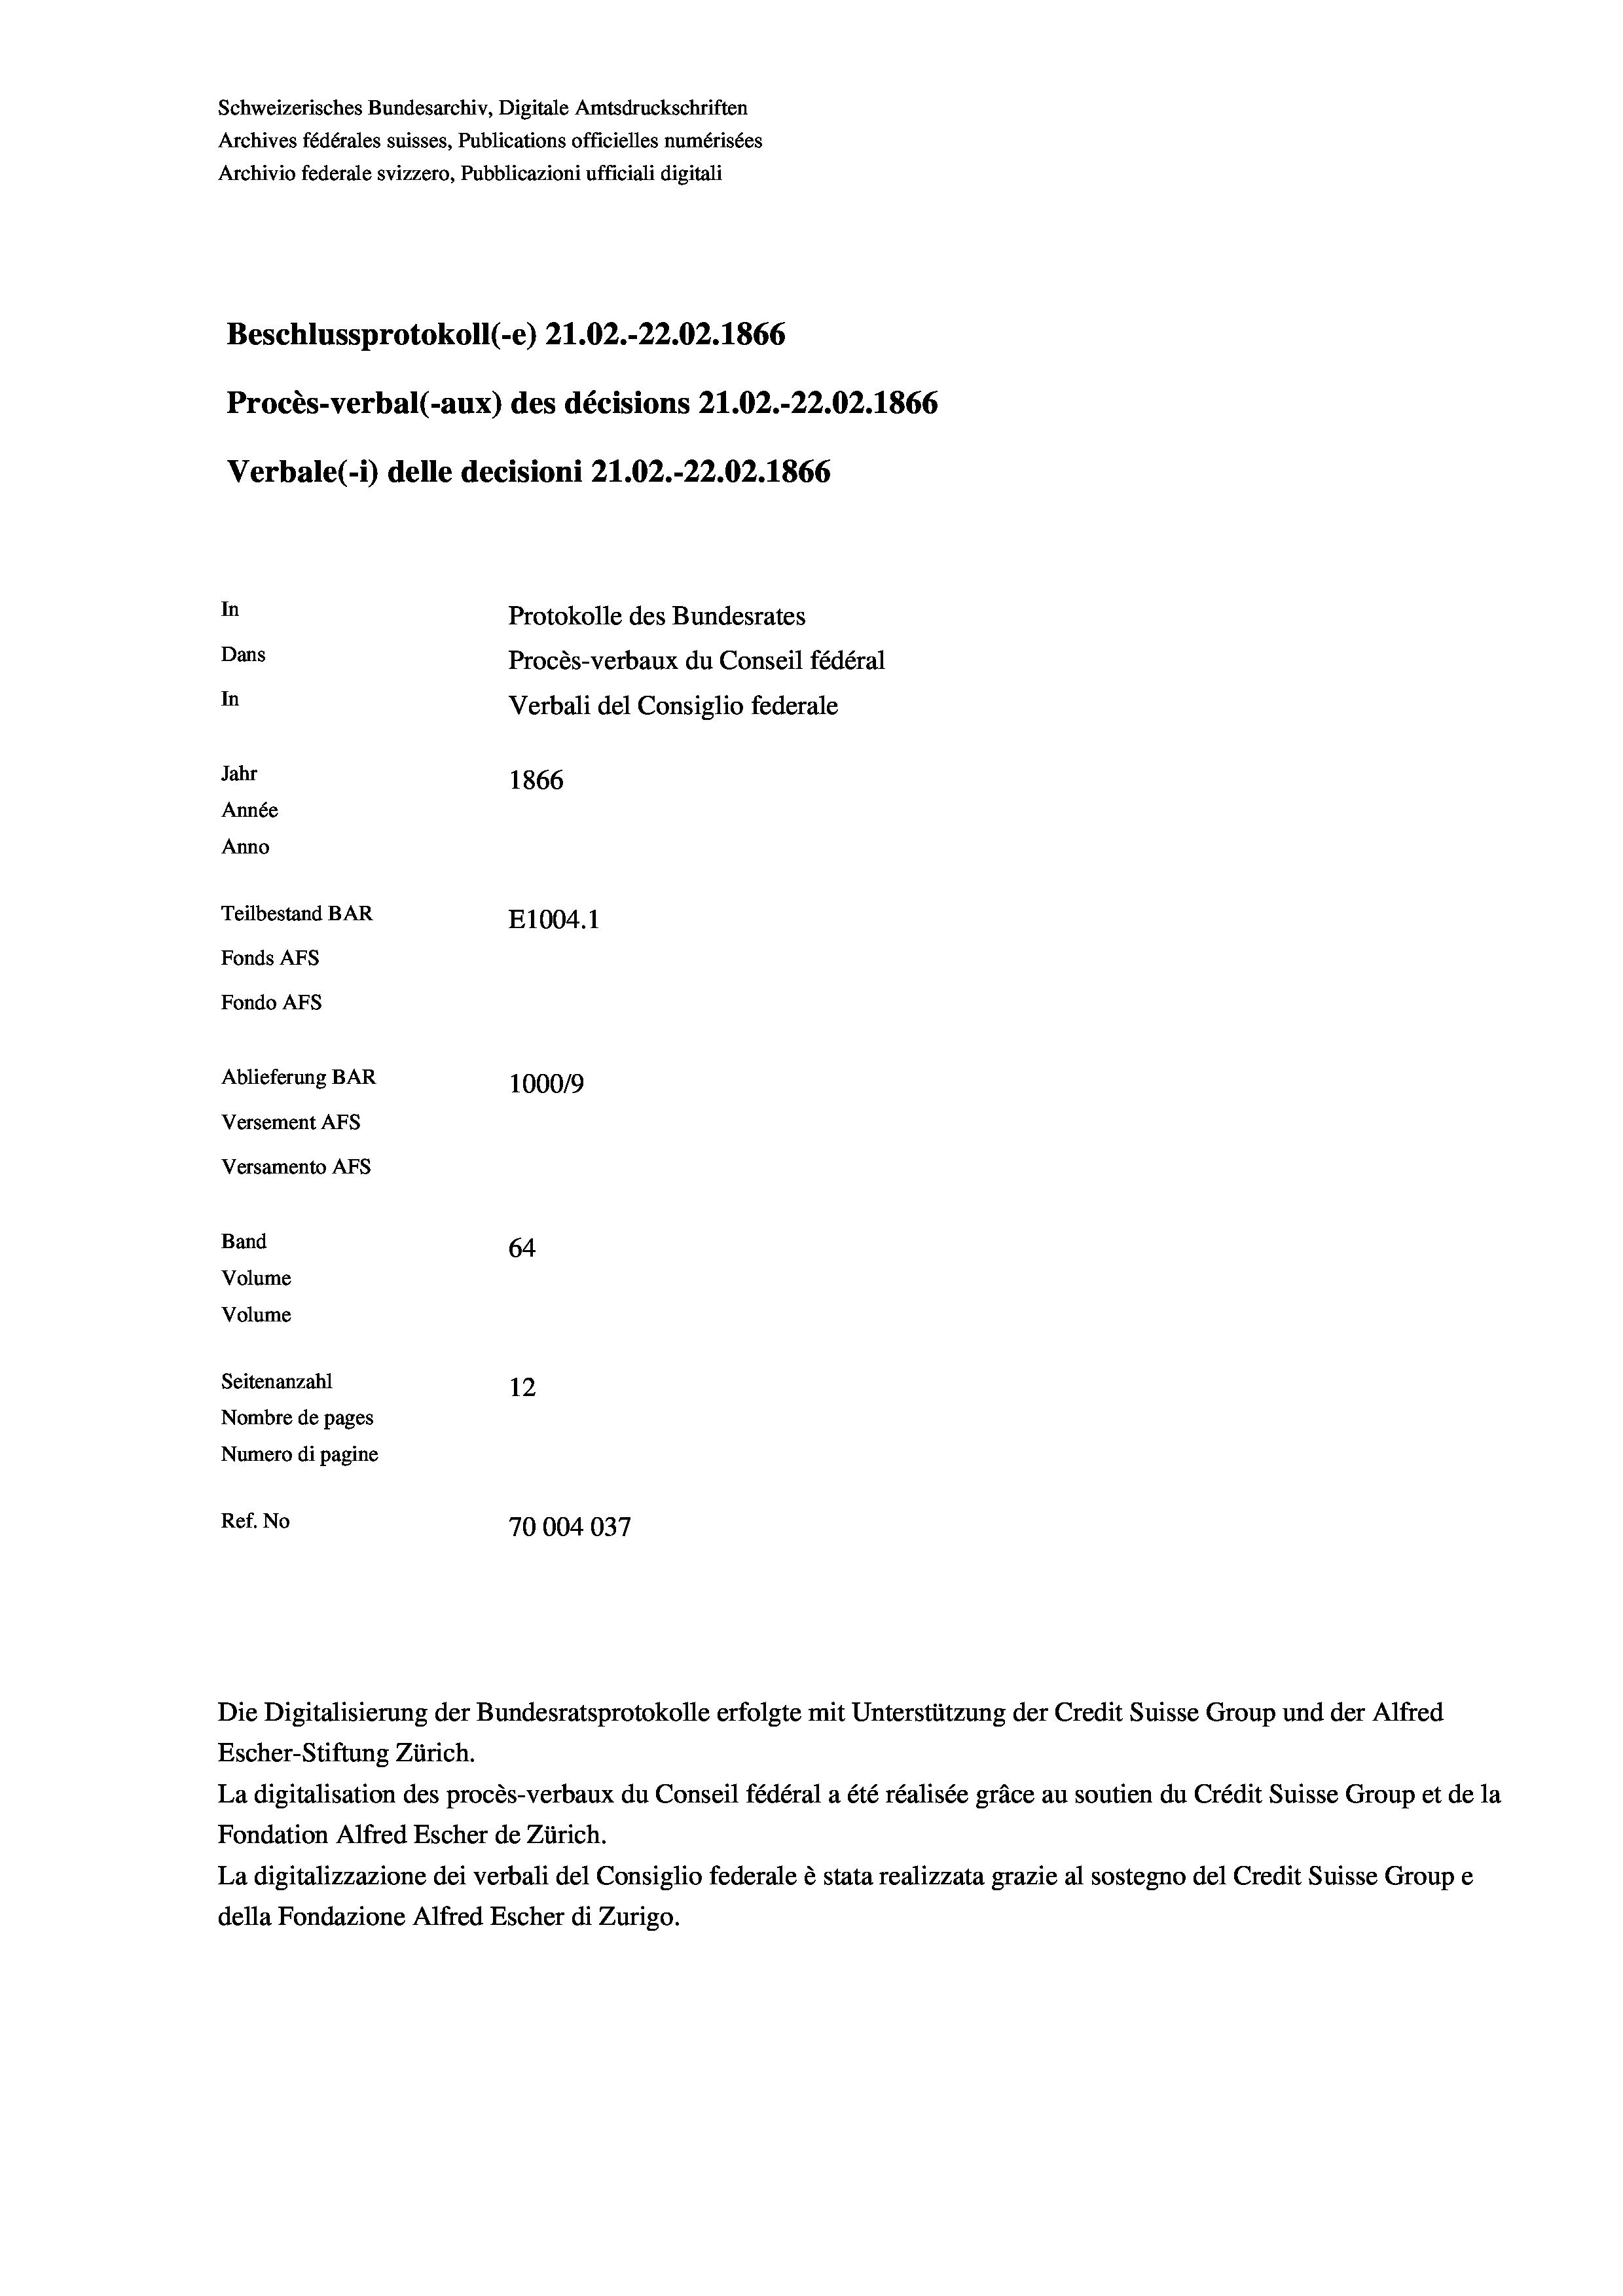
Schweizerisches Bundesarchiv, Digitale Amtsdruckschriften
Archives fédérales suisses, Publications officielles numérisées
Archivio federale svizzero, Pubblicazioni ufficiali digitali
Beschlussprotokoll (-e) 21.02.-22.02. 1866
Procès-verbal (-aux) des décisions 21.02.-22.02. 1866
Verbale (i) delle decisioni 21.02.-22.02. 1866
In
Protokolle des Bundesrates
Dans
Procès-verbaux du Conseil fédéral
In
Verbali del Consiglio federale
Jahr
1866
Année
Anno
Teilbestand BAR
E1004. 1
Fonds AFs
Fondo Afs
Ablieferung BAR
100019
Versement AFs
Versamento Afs

64
Seitenanzahl
12
Nombre de pages
Numero di pagine
Ref. No
70004037

Band

Volume
Volume

Escher-Stiftung Zürich.
La digitalisation des procès-verbaux du Conseil fédéral a été réalisée gräce au soutien du Crédit Suisse Group et de la
Fondation Alfred Escher de Zürich.
La digitalizzazione dei verbali del Consiglio federale è stata realizzata grazie al sostegno del Credit Suisse Groupe
della Fondazione Alfred Escher di Zurigo.

Die Digitalisierung der Bundesratsprotokolle erfolgte mit Unterstützung der Credit Suisse Group und der Alfred